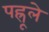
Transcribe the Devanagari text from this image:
पह्रूले